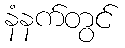
နံနက်တွင်